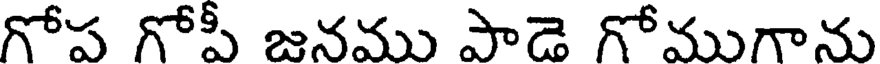
గోప గోపీ జనము పాడె గోముగాను